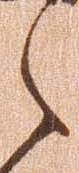
之